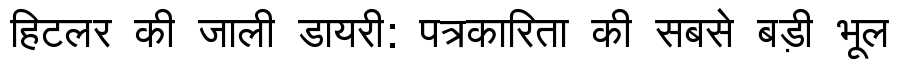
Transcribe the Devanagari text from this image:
हिटलर की जाली डायरी: पत्रकारिता की सबसे बड़ी भूल